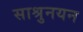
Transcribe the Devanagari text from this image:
साश्रुनयन